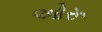
ઓરૂ